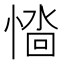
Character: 𢞮